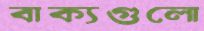
বাক্যগুলো